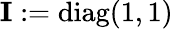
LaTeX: \mathbf{I}:=\mathrm{diag}(1,1)